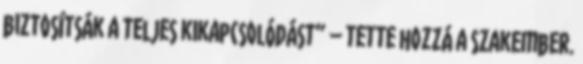
biztosítsák a teljes kikapcsolódást” – tette hozzá a szakember.